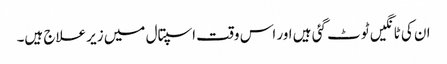
ان کی ٹانگیں ٹوٹ گئی ہیں اور اس وقت اسپتال میں زیر علاج ہیں۔